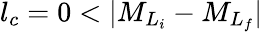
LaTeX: {l}_{c}=0<\vert{M}_{{L}_{i}}-{M}_{{L}_{f}}\vert